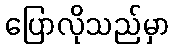
ပြောလိုသည်မှာ